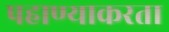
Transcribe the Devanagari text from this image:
पहाण्याकरता